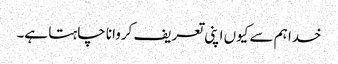
خدا ہم سے کیوں اپنی تعریف کروانا چاہتا ہے۔